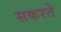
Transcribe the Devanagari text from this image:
सकरते